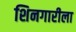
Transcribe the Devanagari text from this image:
शिनगारीला